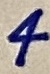
Text: 4